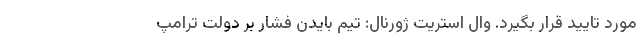
مورد تایید قرار بگیرد. وال استریت ژورنال: تیم بایدن فشار بر دولت ترامپ